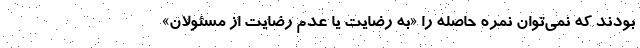
بودند که نمی‌توان نمره حاصله را «به رضایت یا عدم رضایت از مسئولان»